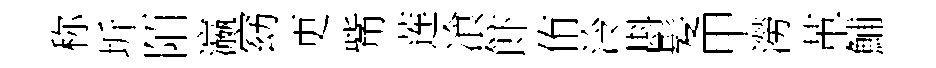
称圻陌瀛窈更觜莲飡飰侑泠斟髪甲澇革鯆